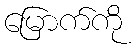
မြောက်ကို